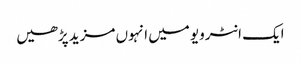
ایک انٹرویو میں انہوں مزید پڑھیں